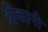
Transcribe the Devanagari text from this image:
धीकानी